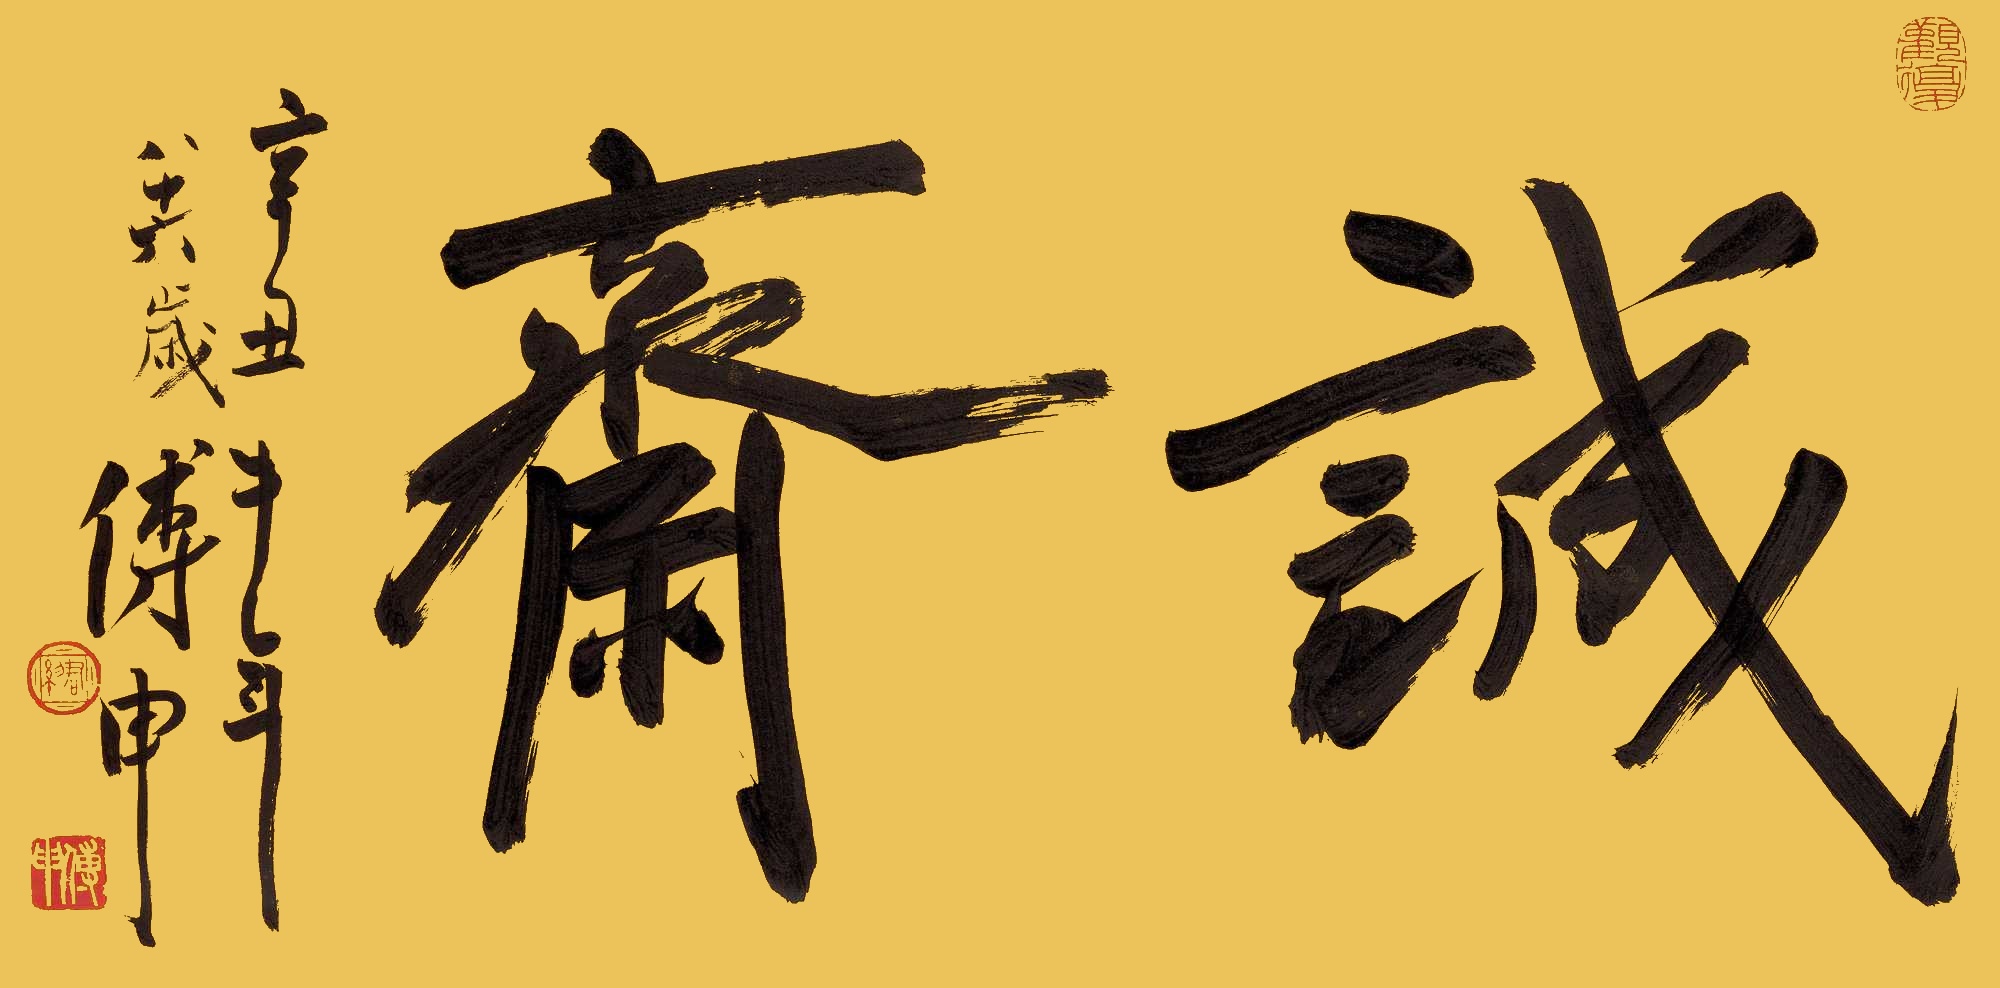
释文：诚斋辛丑牛年，八十六岁傅申。